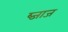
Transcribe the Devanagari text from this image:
ब्जाज